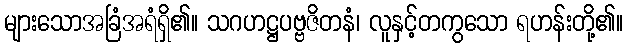
များသောအခြံအရံရှိ၏။ သဂဟဋ္ဌပဗ္ဗဇိတနံ၊ လူနှင့်တကွသော ရဟန်းတို့၏။